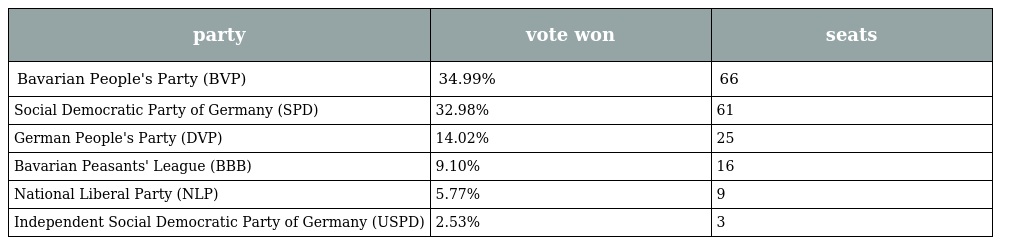
| party | vote won | seats |
 | --- | --- | --- |
 | Bavarian People's Party (BVP) | 34.99% | 66 |
 | Social Democratic Party of Germany (SPD) | 32.98% | 61 |
 | German People's Party (DVP) | 14.02% | 25 |
 | Bavarian Peasants' League (BBB) | 9.10% | 16 |
 | National Liberal Party (NLP) | 5.77% | 9 |
 | Independent Social Democratic Party of Germany (USPD) | 2.53% | 3 |